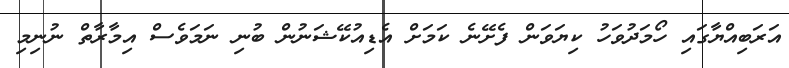
އަރަބިއްޔާގައި ހޯމަދުވަހު ކިޔަވަން ފެށޭނެ ކަމަށް އެޑިއުކޭޝަނުން ބުނި ނަމަވެސް އިމާރާތް ނުނިމި